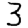
Digit: 3